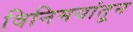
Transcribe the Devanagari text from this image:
विनिमयांतून